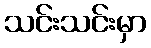
သင်းသင်းမှာ